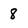
Character: 8